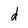
Character: d